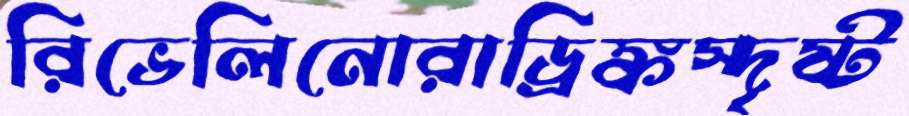
রিভেলিনোরাড্রিঙ্কস্দৃষ্ট